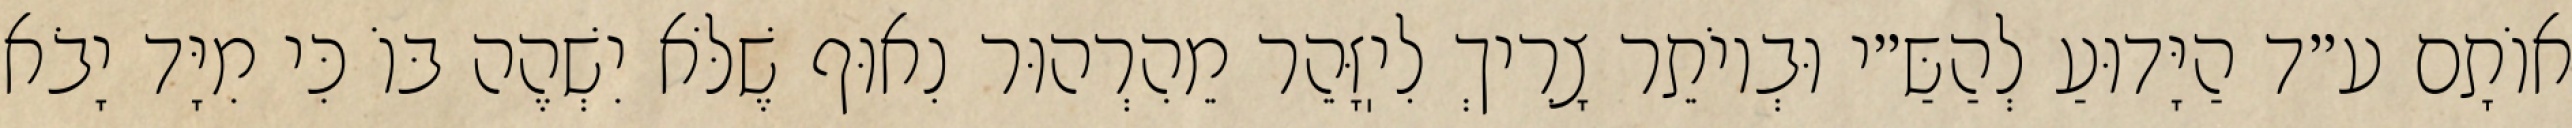
אוֹתָם ע״ד הַיָּדוּעַ לְהַשַּ״י וּבְיוֹתֵר צָרִיךְ לִיֽזָּהֵר מֵהִרְהוּר נִאוּף שֶׁלֹּא יִשְׁהֶה בּוֹ כִּי מִיָּד יָבֹא